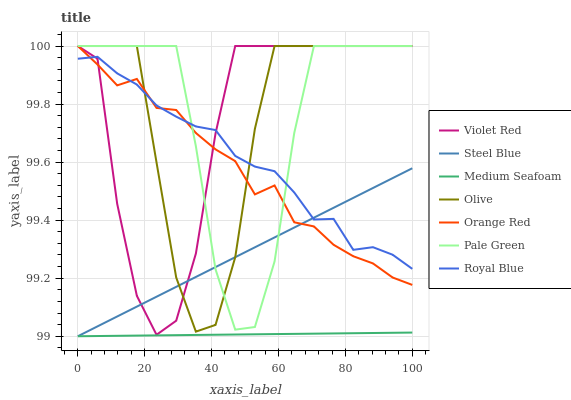
| xaxis_label | Violet Red | Steel Blue | Medium Seafoam | Olive | Orange Red | Pale Green | Royal Blue |
 | --- | --- | --- | --- | --- | --- | --- | --- |
 | 0 | 100 | 99 | 99 | 100 | 100 | 100 | 100 |
 | 5.88 | 100 | 99 | 99 | 100 | 99.9 | 100 | 100 |
 | 11.8 | 99.5 | 99.1 | 99 | 100 | 99.9 | 100 | 99.9 |
 | 17.6 | 99.1 | 99.1 | 99 | 100 | 99.9 | 100 | 99.9 |
 | 23.5 | 99 | 99.1 | 99 | 99.6 | 99.8 | 100 | 99.8 |
 | 29.4 | 99.1 | 99.2 | 99 | 99.2 | 99.8 | 100 | 99.8 |
 | 35.3 | 99.3 | 99.2 | 99 | 99 | 99.7 | 99.7 | 99.7 |
 | 41.2 | 99.7 | 99.2 | 99 | 99 | 99.6 | 99.2 | 99.7 |
 | 47.1 | 100 | 99.3 | 99 | 99.3 | 99.6 | 99 | 99.6 |
 | 52.9 | 100 | 99.3 | 99 | 99.7 | 99.5 | 99 | 99.6 |
 | 58.8 | 100 | 99.3 | 99 | 100 | 99.5 | 99.3 | 99.6 |
 | 64.7 | 100 | 99.4 | 99 | 100 | 99.4 | 99.7 | 99.5 |
 | 70.6 | 100 | 99.4 | 99 | 100 | 99.4 | 100 | 99.4 |
 | 76.5 | 100 | 99.4 | 99 | 100 | 99.3 | 100 | 99.4 |
 | 82.4 | 100 | 99.5 | 99 | 100 | 99.3 | 100 | 99.3 |
 | 88.2 | 100 | 99.5 | 99 | 100 | 99.3 | 100 | 99.3 |
 | 94.1 | 100 | 99.5 | 99 | 100 | 99.2 | 100 | 99.3 |
 | 100 | 100 | 99.6 | 99 | 100 | 99.2 | 100 | 99.2 |